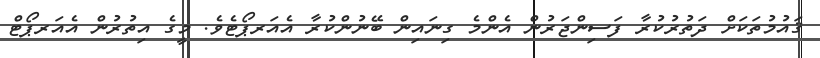
ޤައުމުތަކަށް ދަތުރުކުރާ ފަސިންޖަރުން އެންމެ ގިނައިން ބޭނުންކުރާ އެއަރޕޯޓެވެ. މީގެ އިތުރުން އެއަރޕޯޓް